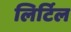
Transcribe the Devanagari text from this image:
लिर्टिल